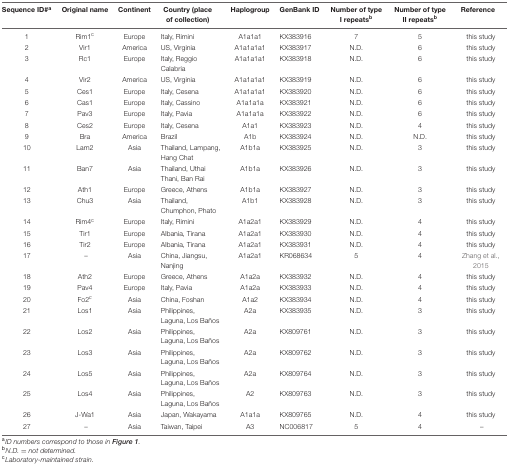
<table><thead><tr><td><b>Sequence ID#<sup>a</sup></b></td><td><b>Original name</b></td><td><b>Continent</b></td><td><b>Country (place of collection)</b></td><td><b>Haplogroup</b></td><td><b>GenBank ID</b></td><td><b>Number of type I repeats<sup>b</sup></b></td><td><b>Number of type II repeats<sup>b</sup></b></td><td><b>Reference</b></td></tr></thead><tbody><tr><td>1</td><td>Rim1<sup>c</sup></td><td>Europe</td><td>Italy, Rimini</td><td>A1a1a1</td><td>KX383916</td><td>7</td><td>5</td><td>this study</td></tr><tr><td>2</td><td>Vir1</td><td>America</td><td>US, Virginia</td><td>A1a1a1a1</td><td>KX383917</td><td>N.D.</td><td>6</td><td>this study</td></tr><tr><td>3</td><td>Rc1</td><td>Europe</td><td>Italy, Reggio Calabria</td><td>A1a1a1a1</td><td>KX383918</td><td>N.D.</td><td>6</td><td>this study</td></tr><tr><td>4</td><td>Vir2</td><td>America</td><td>US, Virginia</td><td>A1a1a1a1</td><td>KX383919</td><td>N.D.</td><td>6</td><td>this study</td></tr><tr><td>5</td><td>Ces1</td><td>Europe</td><td>Italy, Cesena</td><td>A1a1a1a1</td><td>KX383920</td><td>N.D.</td><td>6</td><td>this study</td></tr><tr><td>6</td><td>Cas1</td><td>Europe</td><td>Italy, Cassino</td><td>A1a1a1a</td><td>KX383921</td><td>N.D.</td><td>6</td><td>this study</td></tr><tr><td>7</td><td>Pav3</td><td>Europe</td><td>Italy, Pavia</td><td>A1a1a1a</td><td>KX383922</td><td>N.D.</td><td>6</td><td>this study</td></tr><tr><td>8</td><td>Ces2</td><td>Europe</td><td>Italy, Cesena</td><td>A1a1</td><td>KX383923</td><td>N.D.</td><td>4</td><td>this study</td></tr><tr><td>9</td><td>Bra</td><td>America</td><td>Brazil</td><td>A1b</td><td>KX383924</td><td>N.D.</td><td>N.D.</td><td>this study</td></tr><tr><td>10</td><td>Lam2</td><td>Asia</td><td>Thailand, Lampang, Hang Chat</td><td>A1b1a</td><td>KX383925</td><td>N.D.</td><td>3</td><td>this study</td></tr><tr><td>11</td><td>Ban7</td><td>Asia</td><td>Thailand, Uthai Thani, Ban Rai</td><td>A1b1a</td><td>KX383926</td><td>N.D.</td><td>3</td><td>this study</td></tr><tr><td>12</td><td>Ath1</td><td>Europe</td><td>Greece, Athens</td><td>A1b1a</td><td>KX383927</td><td>N.D.</td><td>3</td><td>this study</td></tr><tr><td>13</td><td>Chu3</td><td>Asia</td><td>Thailand, Chumphon, Phato</td><td>A1b1</td><td>KX383928</td><td>N.D.</td><td>3</td><td>this study</td></tr><tr><td>14</td><td>Rim4<sup>c</sup></td><td>Europe</td><td>Italy, Rimini</td><td>A1a2a1</td><td>KX383929</td><td>N.D.</td><td>4</td><td>this study</td></tr><tr><td>15</td><td>Tir1</td><td>Europe</td><td>Albania, Tirana</td><td>A1a2a1</td><td>KX383930</td><td>N.D.</td><td>4</td><td>this study</td></tr><tr><td>16</td><td>Tir2</td><td>Europe</td><td>Albania, Tirana</td><td>A1a2a1</td><td>KX383931</td><td>N.D.</td><td>4</td><td>this study</td></tr><tr><td>17</td><td>–</td><td>Asia</td><td>China, Jiangsu, Nanjing</td><td>A1a2a1</td><td>KR068634</td><td>5</td><td>4</td><td>Zhang et al., 2015</td></tr><tr><td>18</td><td>Ath2</td><td>Europe</td><td>Greece, Athens</td><td>A1a2a</td><td>KX383932</td><td>N.D.</td><td>4</td><td>this study</td></tr><tr><td>19</td><td>Pav4</td><td>Europe</td><td>Italy, Pavia</td><td>A1a2a</td><td>KX383933</td><td>N.D.</td><td>4</td><td>this study</td></tr><tr><td>20</td><td>Fo2<sup>c</sup></td><td>Asia</td><td>China, Foshan</td><td>A1a2</td><td>KX383934</td><td>N.D.</td><td>4</td><td>this study</td></tr><tr><td>21</td><td>Los1</td><td>Asia</td><td>Philippines, Laguna, Los Baños</td><td>A2a</td><td>KX383935</td><td>N.D.</td><td>3</td><td>this study</td></tr><tr><td>22</td><td>Los2</td><td>Asia</td><td>Philippines, Laguna, Los Baños</td><td>A2a</td><td>KX809761</td><td>N.D.</td><td>3</td><td>this study</td></tr><tr><td>23</td><td>Los3</td><td>Asia</td><td>Philippines, Laguna, Los Baños</td><td>A2a</td><td>KX809762</td><td>N.D.</td><td>3</td><td>this study</td></tr><tr><td>24</td><td>Los5</td><td>Asia</td><td>Philippines, Laguna, Los Baños</td><td>A2a</td><td>KX809764</td><td>N.D.</td><td>3</td><td>this study</td></tr><tr><td>25</td><td>Los4</td><td>Asia</td><td>Philippines, Laguna, Los Baños</td><td>A2</td><td>KX809763</td><td>N.D.</td><td>3</td><td>this study</td></tr><tr><td>26</td><td>J-Wa1</td><td>Asia</td><td>Japan, Wakayama</td><td>A1a1a</td><td>KX809765</td><td>N.D.</td><td>4</td><td>this study</td></tr><tr><td>27</td><td>–</td><td>Asia</td><td>Taiwan, Taipei</td><td>A3</td><td>NC006817</td><td>5</td><td>4</td><td>–</td></tr></tbody></table>